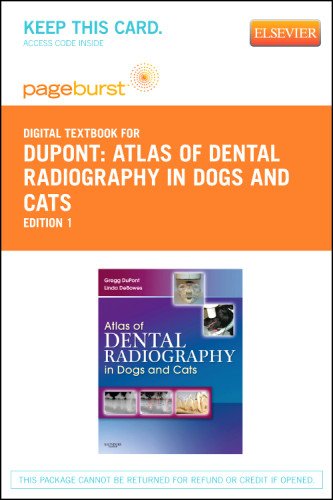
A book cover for Atlas of Dental Radiography in Dogs and Cats - Pageburst E-Book on VitalSource (Retail Access Card), 1e; Gregg A. DuPont DVM  FAVD  DAVDC; Medical Books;